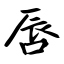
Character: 唇